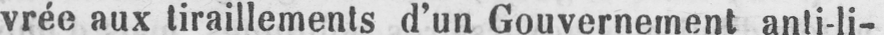
vrée aux tiraillements d’un Gouvernement anti-li-